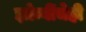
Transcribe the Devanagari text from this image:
झोम्बींचेही